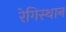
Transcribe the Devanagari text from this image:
रेगिस्थान